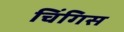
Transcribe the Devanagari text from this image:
चिंगिस